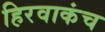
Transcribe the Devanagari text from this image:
हिरवाकंच